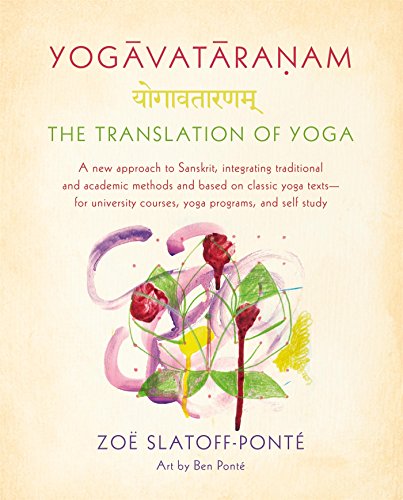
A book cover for Yogavataranam: The Translation of Yoga: A New Approach to Sanskrit, Integrating Traditional and Academic Methods and Based on Classic Yoga Texts, for University Courses, Yoga Programs, and Self Study; ZoÃ« Slatoff-PontÃ©; Religion & Spirituality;